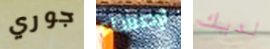
جوري لإحتساء لديك